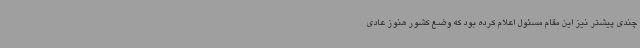
چندی پیشتر نیز این مقام مسئول اعلام کرده بود که وضع کشور هنوز عادی